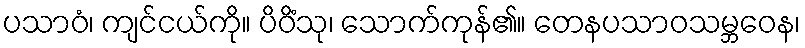
ပသာဝံ၊ ကျင်ငယ်ကို။ ပိဝိံသု၊ သောက်ကုန်၏။ တေနပသာဝသမ္ဘဝေန၊